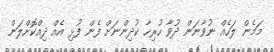
މަމެން ލަހެއް ނުވާނަން ދުވާ ހުރިހާ ކުދިންނަށް ފެން ފުޅި އެއް ދިއްކޮށްލަން